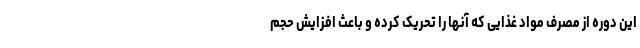
این دوره از مصرف مواد غذایی که آنها را تحریک کرده و باعث افزایش حجم